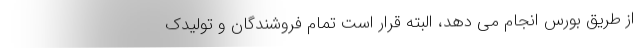
از طریق بورس انجام می دهد، البته قرار است تمام فروشندگان و تولیدک